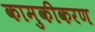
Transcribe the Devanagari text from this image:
कामुकीकरण